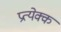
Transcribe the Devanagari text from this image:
प्रत्येक्क